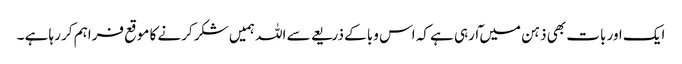
ایک اور بات بھی ذہن میں ٓارہی ہے کہ اس وبا کے ذریعے سے اللہ ہمیں شکر کرنے کا موقع فراہم کر رہا ہے ۔